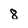
Character: 8